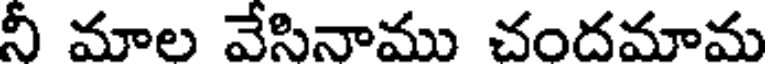
నీ మాల వేసినాము చందమామ